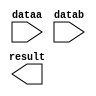
// megafunction wizard: %LPM_MULT%VBB%
// GENERATION: STANDARD
// VERSION: WM1.0
// MODULE: lpm_mult 

// ============================================================
// Megafunction Name(s):
// 			lpm_mult
//
// Simulation Library Files(s):
// 			lpm
// ============================================================
// ************************************************************
// THIS IS A WIZARD-GENERATED FILE. DO NOT EDIT THIS FILE!
//
// 14.1.0 Build 186 12/03/2014 SJ Full Version
// ************************************************************

//Copyright (C) 1991-2014 Altera Corporation. All rights reserved.
//Your use of Altera Corporation's design tools, logic functions 
//and other software and tools, and its AMPP partner logic 
//functions, and any output files from any of the foregoing 
//(including device programming or simulation files), and any 
//associated documentation or information are expressly subject 
//to the terms and conditions of the Altera Program License 
//Subscription Agreement, the Altera Quartus II License Agreement,
//the Altera MegaCore Function License Agreement, or other 
//applicable license agreement, including, without limitation, 
//that your use is for the sole purpose of programming logic 
//devices manufactured by Altera and sold by Altera or its 
//authorized distributors.  Please refer to the applicable 
//agreement for further details.

module mult_16x16_eq_32 (
	dataa,
	datab,
	result);

	input	[15:0]  dataa;
	input	[15:0]  datab;
	output	[31:0]  result;

endmodule

// ============================================================
// CNX file retrieval info
// ============================================================
// Retrieval info: PRIVATE: AutoSizeResult NUMERIC "0"
// Retrieval info: PRIVATE: B_isConstant NUMERIC "0"
// Retrieval info: PRIVATE: ConstantB NUMERIC "0"
// Retrieval info: PRIVATE: INTENDED_DEVICE_FAMILY STRING "Cyclone V"
// Retrieval info: PRIVATE: LPM_PIPELINE NUMERIC "0"
// Retrieval info: PRIVATE: Latency NUMERIC "0"
// Retrieval info: PRIVATE: SYNTH_WRAPPER_GEN_POSTFIX STRING "0"
// Retrieval info: PRIVATE: SignedMult NUMERIC "1"
// Retrieval info: PRIVATE: USE_MULT NUMERIC "1"
// Retrieval info: PRIVATE: ValidConstant NUMERIC "0"
// Retrieval info: PRIVATE: WidthA NUMERIC "16"
// Retrieval info: PRIVATE: WidthB NUMERIC "16"
// Retrieval info: PRIVATE: WidthP NUMERIC "32"
// Retrieval info: PRIVATE: aclr NUMERIC "0"
// Retrieval info: PRIVATE: clken NUMERIC "0"
// Retrieval info: PRIVATE: new_diagram STRING "1"
// Retrieval info: PRIVATE: optimize NUMERIC "0"
// Retrieval info: LIBRARY: lpm lpm.lpm_components.all
// Retrieval info: CONSTANT: LPM_HINT STRING "DEDICATED_MULTIPLIER_CIRCUITRY=YES,MAXIMIZE_SPEED=5"
// Retrieval info: CONSTANT: LPM_REPRESENTATION STRING "SIGNED"
// Retrieval info: CONSTANT: LPM_TYPE STRING "LPM_MULT"
// Retrieval info: CONSTANT: LPM_WIDTHA NUMERIC "16"
// Retrieval info: CONSTANT: LPM_WIDTHB NUMERIC "16"
// Retrieval info: CONSTANT: LPM_WIDTHP NUMERIC "32"
// Retrieval info: USED_PORT: dataa 0 0 16 0 INPUT NODEFVAL "dataa[15..0]"
// Retrieval info: USED_PORT: datab 0 0 16 0 INPUT NODEFVAL "datab[15..0]"
// Retrieval info: USED_PORT: result 0 0 32 0 OUTPUT NODEFVAL "result[31..0]"
// Retrieval info: CONNECT: @dataa 0 0 16 0 dataa 0 0 16 0
// Retrieval info: CONNECT: @datab 0 0 16 0 datab 0 0 16 0
// Retrieval info: CONNECT: result 0 0 32 0 @result 0 0 32 0
// Retrieval info: GEN_FILE: TYPE_NORMAL mult_16x16_eq_32.v TRUE
// Retrieval info: GEN_FILE: TYPE_NORMAL mult_16x16_eq_32.inc FALSE
// Retrieval info: GEN_FILE: TYPE_NORMAL mult_16x16_eq_32.cmp FALSE
// Retrieval info: GEN_FILE: TYPE_NORMAL mult_16x16_eq_32.bsf FALSE
// Retrieval info: GEN_FILE: TYPE_NORMAL mult_16x16_eq_32_inst.v TRUE
// Retrieval info: GEN_FILE: TYPE_NORMAL mult_16x16_eq_32_bb.v TRUE
// Retrieval info: LIB_FILE: lpm